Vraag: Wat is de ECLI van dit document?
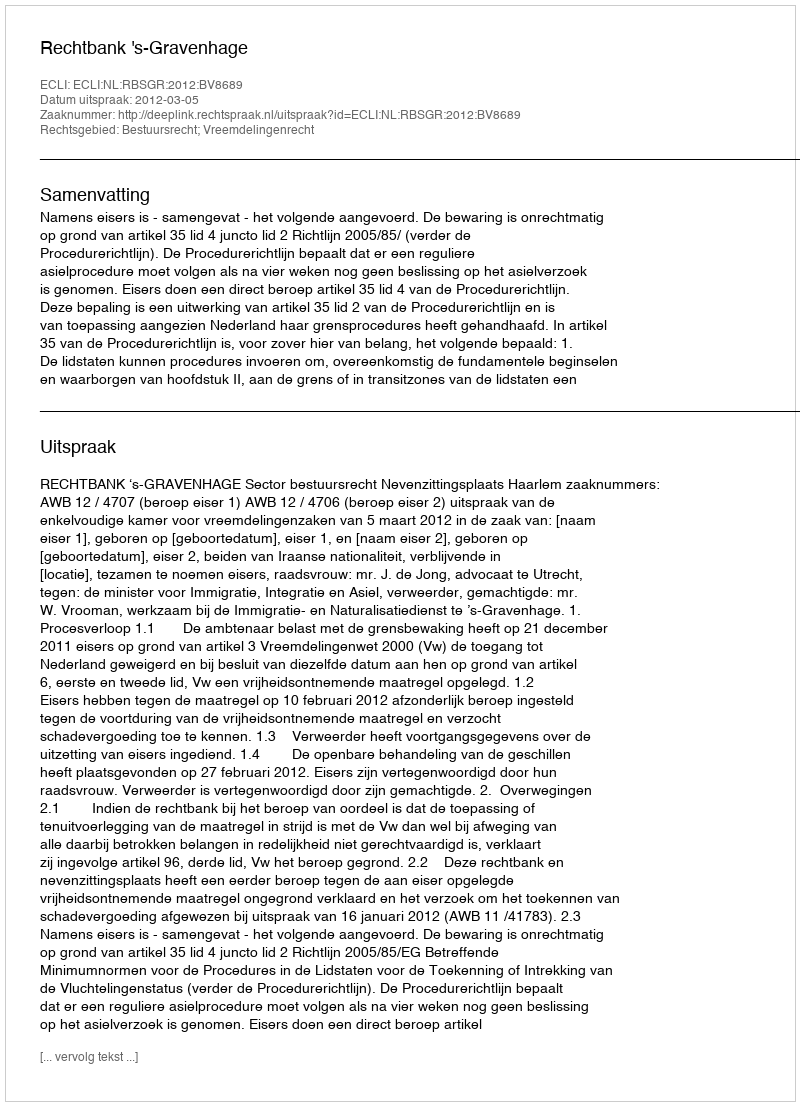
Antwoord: ECLI:NL:RBSGR:2012:BV8689